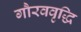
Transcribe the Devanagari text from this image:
गौरववृद्धि